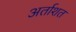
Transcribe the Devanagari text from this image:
अर्ताशत